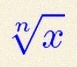
\sqrt[n]{x}